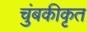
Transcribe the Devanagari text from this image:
चुंबकीकृत